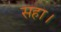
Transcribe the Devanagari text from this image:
सहा।